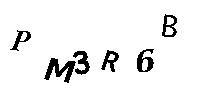
PM3R6B